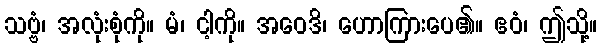
သဗ္ဗံ၊ အလုံးစုံကို။ မံ၊ ငါ့ကို။ အဝေဒိ၊ ဟောကြားပေ၏။ ဧဝံ၊ ဤသို့။